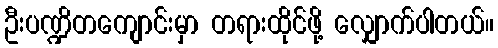
ဦးပဏ္ဍိတကျောင်းမှာ တရားထိုင်ဖို့ လျှောက်ပါတယ်။